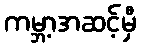
ကမ္ဘာ့အဆင့်မှီ